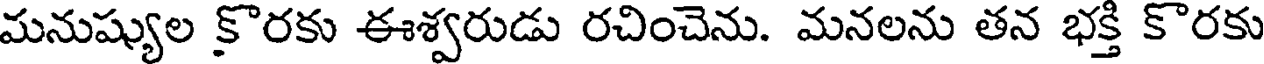
మనుష్యుల కొరకు ఈశ్వరుడు రచించెను. మనలను తన భక్తి కొరకు